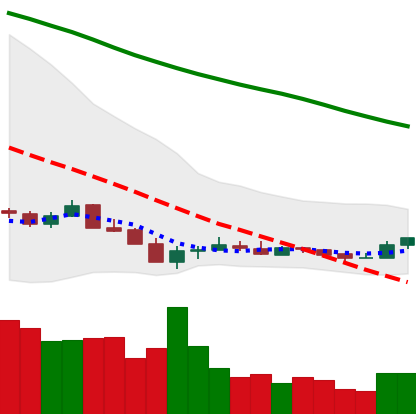
Ticker: ETC-USD
Chart end date: 2018-12-18
Forward return: 17.695%
Label: up_7plus